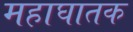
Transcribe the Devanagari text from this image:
महाघातक